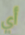
أي